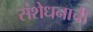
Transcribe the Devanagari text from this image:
संशेधनाची